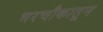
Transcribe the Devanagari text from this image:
भरचौकातून